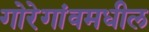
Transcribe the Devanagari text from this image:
गोरेगांवमधील